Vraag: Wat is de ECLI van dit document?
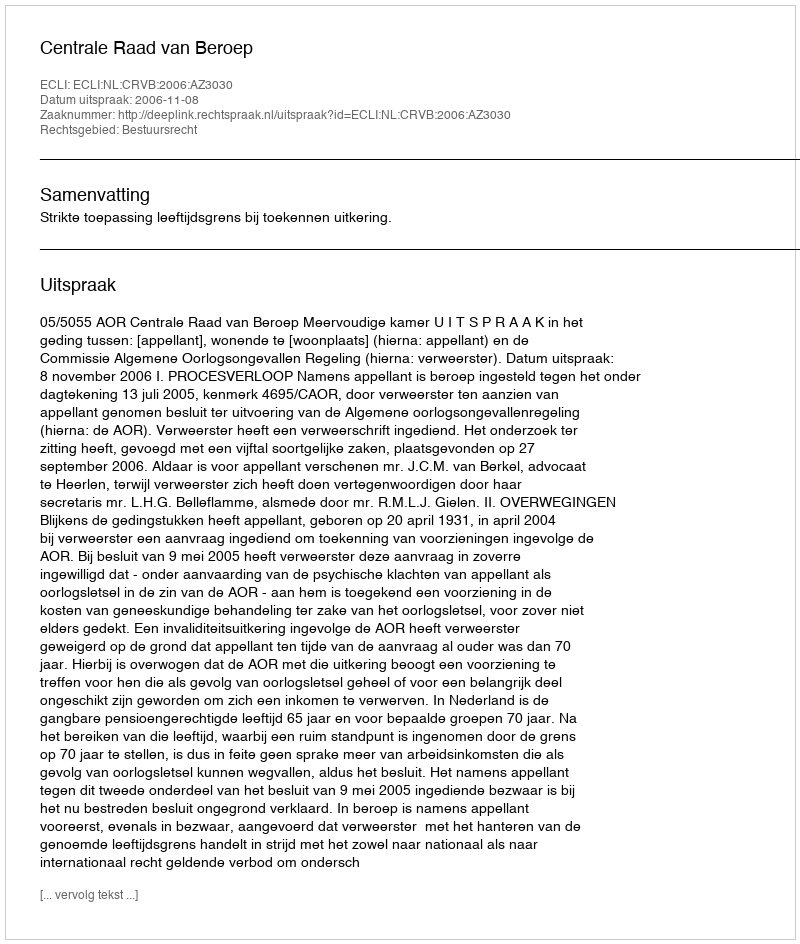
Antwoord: ECLI:NL:CRVB:2006:AZ3030